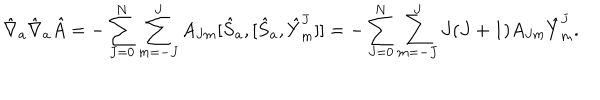
LaTeX: { \hat { \nabla } } _ { a } { \hat { \nabla } } _ { a } { \hat { A } } = - \sum _ { J = 0 } ^ { N } \sum _ { m = - J } ^ { J } A _ { J m } [ { \hat { S } } _ { a } , [ { \hat { S } } _ { a } , { \hat { Y } } _ { m } ^ { J } ] ] = - \sum _ { J = 0 } ^ { N } \sum _ { m = - J } ^ { J } J ( J + 1 ) A _ { J m } { \hat { Y } } _ { m } ^ { J } .